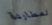
لمطاردة